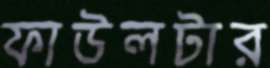
ফাউলটার